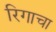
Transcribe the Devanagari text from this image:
रिगाचा